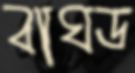
বাঘড